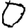
Digit: 0